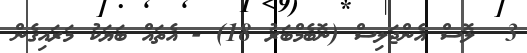
3  ލޮސް އެންޖަލިސް (ނޮބެމްބަރު 18) - އެތައް ބަޔަކު މަރައިގެން